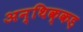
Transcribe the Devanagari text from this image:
अन्थिक्कड़